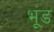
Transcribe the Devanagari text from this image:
भूंड